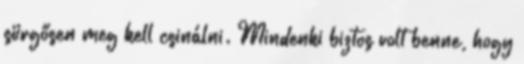
sürgősen meg kell csinálni. Mindenki biztos volt benne, hogy